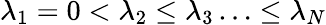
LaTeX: \lambda_{1}=0<\lambda_{2}\leq\lambda_{3}\ldots\leq\lambda_{N}